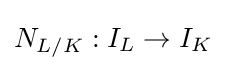
N_{L/K}:I_{L}\to I_{K}